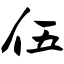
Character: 伍